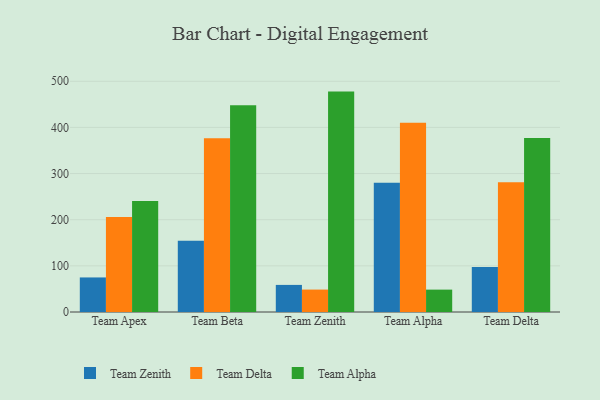
{"axis": {"x": "Team", "y": "Gross Profit (USD K)"}, "legend": ["Team Alpha", "Team Delta", "Team Zenith"], "data": [{"x": "Team Apex", "y": 74.9, "type": "Team Zenith"}, {"x": "Team Apex", "y": 205.8, "type": "Team Delta"}, {"x": "Team Apex", "y": 240.5, "type": "Team Alpha"}, {"x": "Team Beta", "y": 154.3, "type": "Team Zenith"}, {"x": "Team Beta", "y": 376.3, "type": "Team Delta"}, {"x": "Team Beta", "y": 448.2, "type": "Team Alpha"}, {"x": "Team Zenith", "y": 58.7, "type": "Team Zenith"}, {"x": "Team Zenith", "y": 48.6, "type": "Team Delta"}, {"x": "Team Zenith", "y": 477.6, "type": "Team Alpha"}, {"x": "Team Alpha", "y": 280.0, "type": "Team Zenith"}, {"x": "Team Alpha", "y": 410.0, "type": "Team Delta"}, {"x": "Team Alpha", "y": 48.5, "type": "Team Alpha"}, {"x": "Team Delta", "y": 97.6, "type": "Team Zenith"}, {"x": "Team Delta", "y": 281.4, "type": "Team Delta"}, {"x": "Team Delta", "y": 376.9, "type": "Team Alpha"}]}